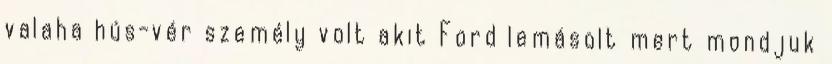
valaha hús-vér személy volt akit Ford lemásolt mert mondjuk